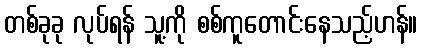
တစ်ခုခု လုပ်ရန် သူ့ကို စစ်ကူတောင်းနေသည့်ဟန်။